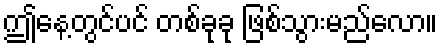
ဤနေ့တွင်ပင် တစ်ခုခု ဖြစ်သွားမည်လော။